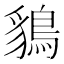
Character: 𪁰